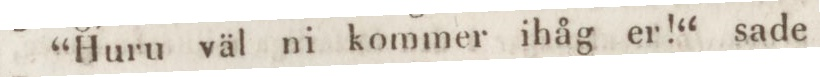
“Huru väl ni kommer ihåg er!“ sade